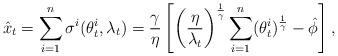
LaTeX: \begin{align*}\hat{x}_t = \sum_{i=1}^n \sigma^i(\theta_t^i,\lambda_t)=\frac{\gamma}{\eta}\left[\left(\frac{\eta}{\lambda_t}\right)^{\frac{1}{\gamma}}\sum_{i=1}^n(\theta_t^i)^{\frac{1}{\gamma}}-\hat{\phi}\right],\end{align*}